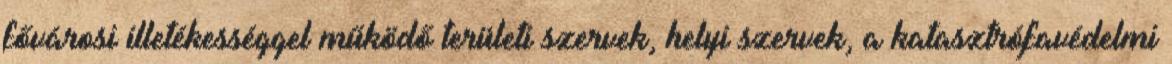
fővárosi illetékességgel működő területi szervek, helyi szervek, a katasztrófavédelmi